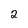
Character: 2